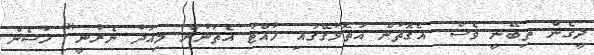
ދީގެން ތިބޭނީ ވެސް. އެގޮތުން އަތޮޅުގޭގައި ހުއްޓާ އެތަނުން މިއަދު ނެރުނީ" ހުސެން